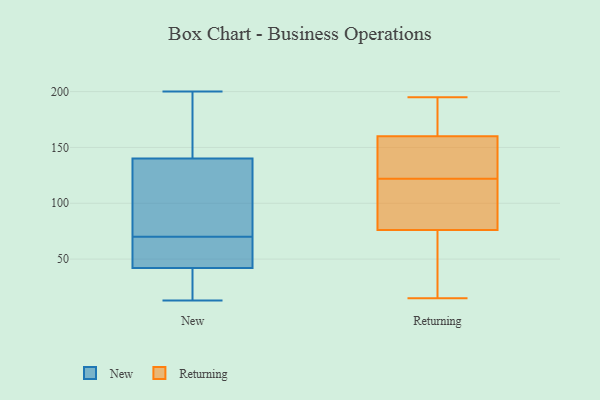
{"axis": {"x": "Churn Rate (%)", "y": "Value"}, "legend": ["New", "Returning"], "data": [{"x": "", "y": 42, "type": "New"}, {"x": "", "y": 180, "type": "New"}, {"x": "", "y": 53, "type": "New"}, {"x": "", "y": 81, "type": "New"}, {"x": "", "y": 140, "type": "New"}, {"x": "", "y": 59, "type": "New"}, {"x": "", "y": 13, "type": "New"}, {"x": "", "y": 200, "type": "New"}, {"x": "", "y": 25, "type": "New"}, {"x": "", "y": 102, "type": "New"}, {"x": "", "y": 131, "type": "Returning"}, {"x": "", "y": 167, "type": "Returning"}, {"x": "", "y": 131, "type": "Returning"}, {"x": "", "y": 181, "type": "Returning"}, {"x": "", "y": 75, "type": "Returning"}, {"x": "", "y": 113, "type": "Returning"}, {"x": "", "y": 55, "type": "Returning"}, {"x": "", "y": 152, "type": "Returning"}, {"x": "", "y": 153, "type": "Returning"}, {"x": "", "y": 195, "type": "Returning"}, {"x": "", "y": 35, "type": "Returning"}, {"x": "", "y": 189, "type": "Returning"}, {"x": "", "y": 77, "type": "Returning"}, {"x": "", "y": 102, "type": "Returning"}, {"x": "", "y": 103, "type": "Returning"}, {"x": "", "y": 15, "type": "Returning"}]}